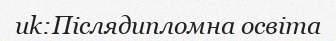
uk:Післядипломна освіта